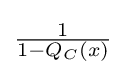
{\textstyle {\frac {1}{1-Q_{C}(x)}}}